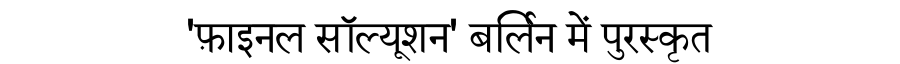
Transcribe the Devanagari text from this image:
'फ़ाइनल सॉल्यूशन' बर्लिन में पुरस्कृत